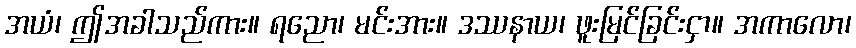
အယံ၊ ဤအခါသည်ကား။ ရညော၊ မင်းအား။ ဒဿနာယ၊ ဖူးမြင်ခြင်းငှာ။ အကာလော၊